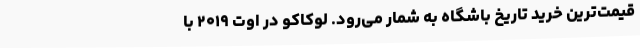
قیمت‌ترین خرید تاریخ باشگاه به شمار می‌رود. لوکاکو در اوت ۲۰۱۹ با